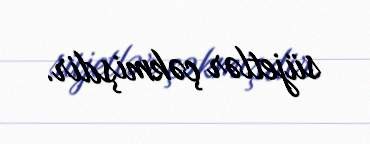
süjetlər çəkmişdir.